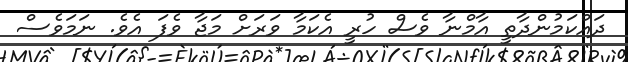
ދައްކަމުންދާތީ އާމްނާ ވެސް ހުރީ އެކަމާ ވަރަށް މަޖާ ވެފަ އެވެ. ނަމަވެސް